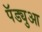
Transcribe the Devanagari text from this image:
पॅड्युआ